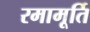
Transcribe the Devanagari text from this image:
रमामूर्ति